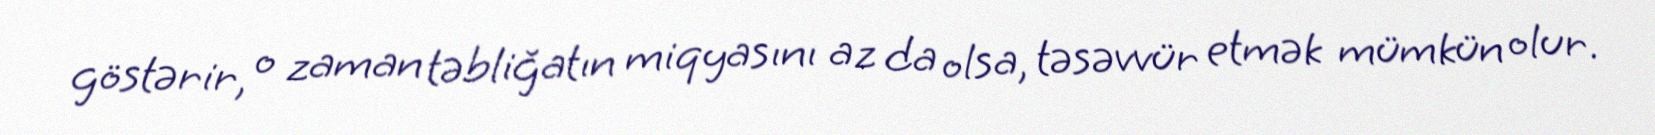
göstərir, o zaman təbliğatın miqyasını az da olsa, təsəvvür etmək mümkün olur.